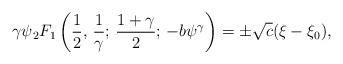
LaTeX: \begin{align*}\gamma\psi{_{2}F_{1}}\left({1\over2},\,{1\over\gamma};\,{{1+\gamma}\over2};\,-b\psi^\gamma\right)=\pm\sqrt{c}(\xi-\xi_0),\end{align*}